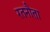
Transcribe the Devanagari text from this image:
रतनौता